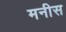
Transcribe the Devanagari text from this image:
मनीस